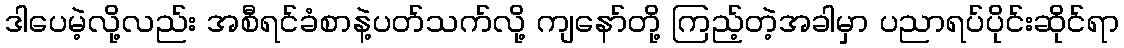
ဒါပေမဲ့လို့လည်း အစီရင်ခံစာနဲ့ပတ်သက်လို့ ကျနော်တို့ ကြည့်တဲ့အခါမှာ ပညာရပ်ပိုင်းဆိုင်ရာ